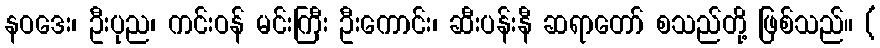
နဝဒေး၊ ဦးပုည၊ ကင်းဝန် မင်းကြီး ဦးကောင်း၊ ဆီးပန်းနီ ဆရာတော် စသည်တို့ ဖြစ်သည်။ (